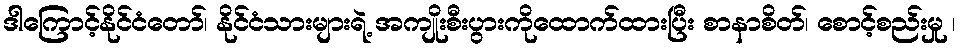
ဒါကြောင့်နိုင်ငံတော်၊ နိုင်ငံသားများရဲ့ အကျိုးစီးပွားကိုထောက်ထားပြီး စာနာစိတ်၊ စောင့်စည်းမှု ၊